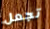
تجعل